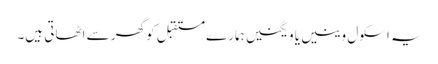
یہ اسکول وینیں یا ویگنیں ہمارے مستقبل کو گھر سے اٹھاتی ہیں۔